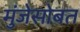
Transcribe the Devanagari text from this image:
मुंजेसोबत